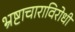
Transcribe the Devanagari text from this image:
भ्रष्टाचाराविरोधी